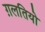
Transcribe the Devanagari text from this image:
ग़लतियो